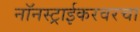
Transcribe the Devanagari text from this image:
नॉनस्ट्राईकरवरचा